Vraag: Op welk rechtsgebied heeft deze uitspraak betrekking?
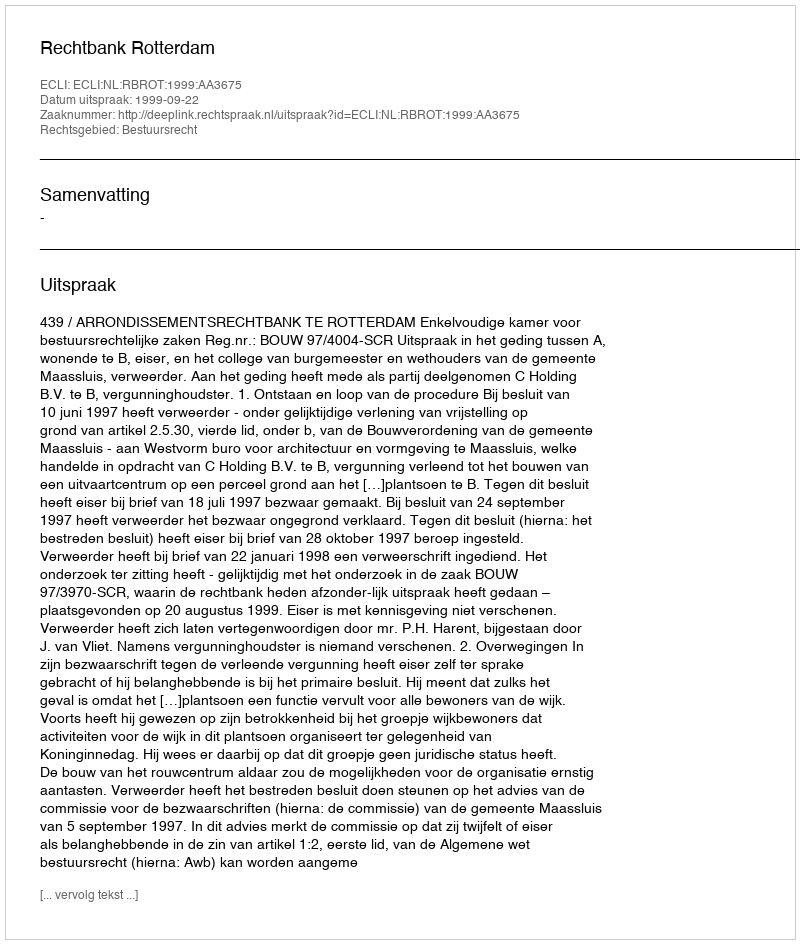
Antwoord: Bestuursrecht